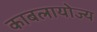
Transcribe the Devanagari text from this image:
काबलायोज्य